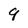
Character: 9